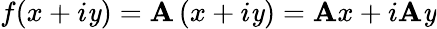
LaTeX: f(x+i\mathit{y})=\mathbf{A}\, (x+i\mathit{y})=\mathbf{A}x+i\mathbf{A}\mathit{y}